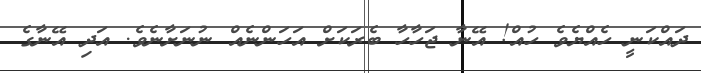
ދައްކަނީ ހެއްޔެވެ ހުއް! އޭނާ ޖަހާހާ ބެރަކަށް އަހަންނެއް ނުނަށާނެވެ. އަދި އޭނާގެ